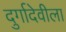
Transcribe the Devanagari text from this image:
दुर्गादेवीला